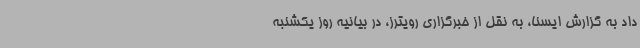
داد به گزارش ایسنا، به نقل از خبرگزاری رویترز، در بیانیه روز یکشنبه